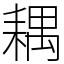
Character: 耦